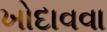
ખોદાવવા